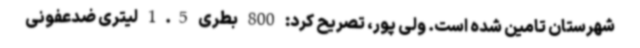
شهرستان تامین شده است. ولی پور، تصریح کرد: 800 بطری 1.5 لیتری ضدعفونی